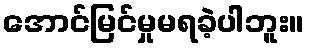
အောင်မြင်မှုမရခဲ့ပါဘူး။